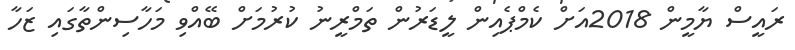
ރައީސް ޔާމީން 2018އަށް ކެމްޕެއިން ލީޑަރުން ތަމްރީނު ކުރުމަށް ބޭއްވި މަހާސިންތާގައި ޒަހާ